Bombay plague: being a history of the progress of plague in the Bombay presidency from September 1896 to June 1899
Year: 1896
Disease focus: Plague
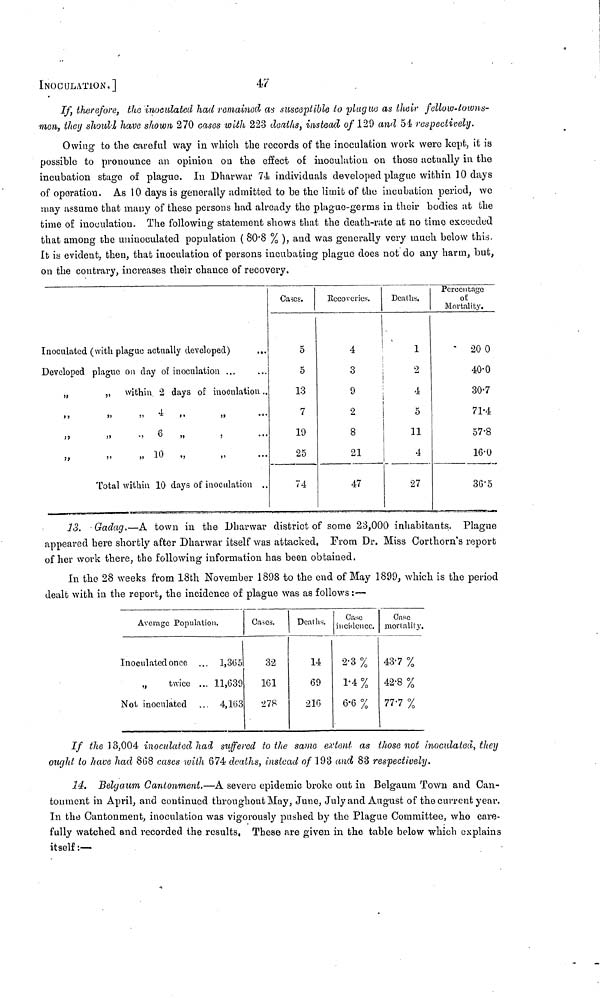
INOCULATION.]
47
If, therefore, the inoculated had remained as susceplible to plague as their fellow-towns-
men, they should have shown 270 cases with 223 deaths, instead of 129 and 54 respectively.
Owing to the careful way in which the records of the inoculation work were kept, it is
possible to pronounce an opinion on the effect of inoculation on those actually in the
incubation stage of plague. In Dharwar 74 individuals developed plague within 10 days
of operation. As 10 days is generally admitted to be the limit of the incubation period, we
may assume that many of these persons had already the plague-germs in their bodies at the
time of inoculation. The following statement shows that the death-rate at no time exceeded
that among the uninoculated population ( 80.8 % ), and was generally very much below this.
It is evident, then, that inoculation of persons incubating plague does not do any harm, but,
on the contrary, increases their chance of recovery.
Inoculated (with plague actually developed)
Developed plague on day of inoculation ...
„
,, within 2 days of inoculation ...
4
6
10
Total within 10 days of inoculation ..
Cases.
5
5
13
7
19
25
74
Recoveries.
4
3
9
2
8
21
47
Deaths.
1
2
4
5
11
4
27
Percentage
of
Mortality.
20 0
40.0
30.7
71.4
57.8
16.0
36.5
13. Gadag.—A town in the Dharwar district of some 23,000 inhabitants. Plague
appeared here shortly after Dharwar itself was attacked, From Dr. Miss Corthorn's report
of her work there, the following information has been obtained.
In the 28 weeks from 18th November 1898 to the end of May 1899, which is the period
dealt with in the report, the incidence of plague was as follows :—
Average Population.
Inoculated once ... 1,365
„
twice ... 11,639
Not inoculatcd ... 4,163
Cases.
32
161
278
Deaths.
14
69
216
Case
incidence.
2.3 %
1.4 %
6-6 %
Case
mortality.
43.7 %
42.8 %
77.7 %
If the 13,004 inoculated had suffered to the same extent as those not inoculated, they
ought to have had 868 cases with 674 deaths, instead of 193 and 83 respectively.
14. Belgaum Cantonment.—A severe epidemic broke out in Belgaum Twon and Can-
tonment in April, and continued throughout May, June, July and August of the current year.
In the Cantonment, inoculation was vigorously pushed by the Plague Committee, who care-
fully watched and recorded the results, These are given in the table below which explains
itself :—